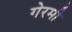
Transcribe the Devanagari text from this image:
गेरमी